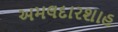
અમલદારશાહ